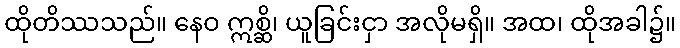
ထိုတိဿသည်။ နေဝ ဣစ္ဆိ၊ ယူခြင်းငှာ အလိုမရှိ။ အထ၊ ထိုအခါ၌။